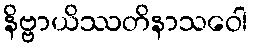
နိဗ္ဗာယိဿတိနာသဝေါ